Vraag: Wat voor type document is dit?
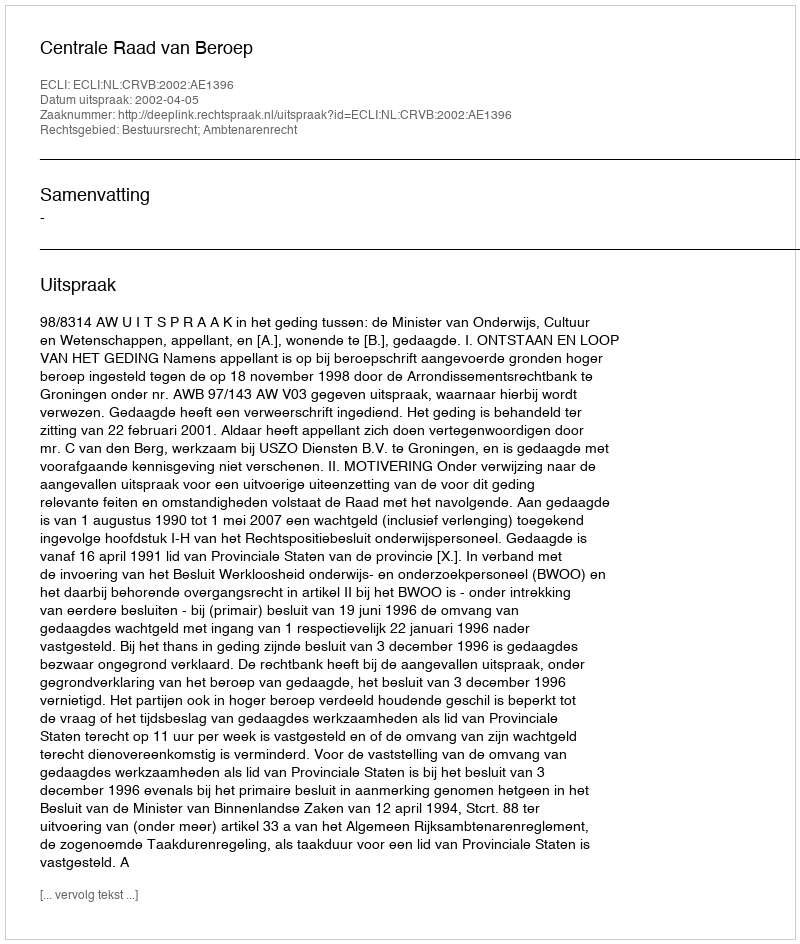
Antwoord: Uitspraak